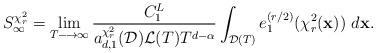
LaTeX: \begin{align*}S_{\infty}^{\chi_{r}^{2}}=\lim_{T\longrightarrow\infty}\frac{C_{1}^{L}}{a_{d,1}^{\chi_{r}^{2}}(\mathcal{D})\mathcal{L}(T)T^{d-\alpha }}\int_{\mathcal{D}(T)}e_{1}^{(r/2)}(\chi_{r}^{2}(\mathbf{x}))~d\mathbf{x}.\end{align*}